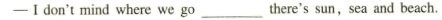
-I don't mind where we go ___ there's sun, sea and beach.